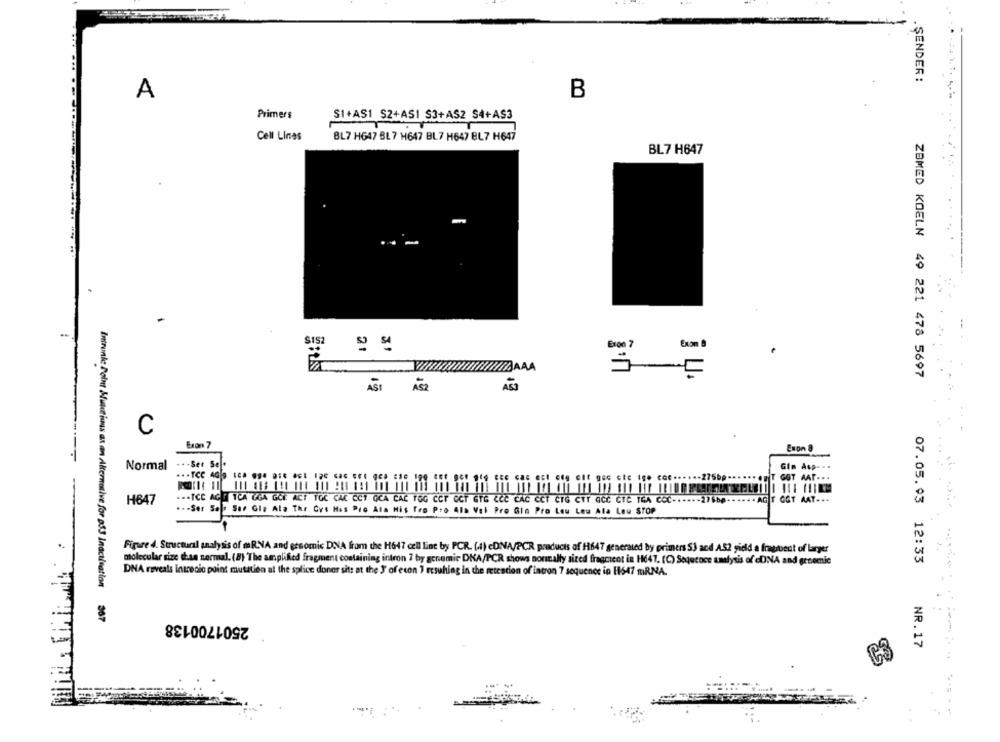
. ŞENDER :
A
B
Primers
S1+AS1 $2+AS1 $3+AS2 S4+AS3
Cell Lines
BL7 H647 BL 7 H647 BL7 H647 BL7 H647
BL7 H647
$152
21
ZBMED KOELN 49 221 478 5697
ASI
ASZ
C
Exon 8
Normal
... Ser Se .
Gim Asp-
T GOT AAT ...
H647
... TCC AGT TCA UGA GCE ACT TOC CAC CCT GCA CAČ TOG CCF CCF GTG ECC CAC CCT CTG CTT GČČ CTC IGA ČČČ ······ 275bp ······ AGT GGT AAT -**
.. . Ser Ser Ser Gie Ala The Cys Has Pro Ala His Tro Pro Ala Val Pro Gle Pro Lou Lou Ala Lou STOP
Figure 4. Structural analysis of mRNA and ersomic DNA from the H647 cell line by PCR. (44) cDNA/PCR products of H647 generated by primers 53 and A.52 gidd a fragsbent of larger
molecular size than normal. (8) The amplified fragment containing intron 7 by gonomic DKA/PCR shows normally sized fragment in H647. (C) Sequence analysis of DNA and groomle
07.05.93 12:33
DNA reveals intrecic point mutation at the splice donor sitt at the I'of econ 1 resulting in the retention of intron 7 sequence in 11647 mRNA.
Intrunk Point Mutations as an Alternative for p53 Inactivation 367
2501700138
NR.17